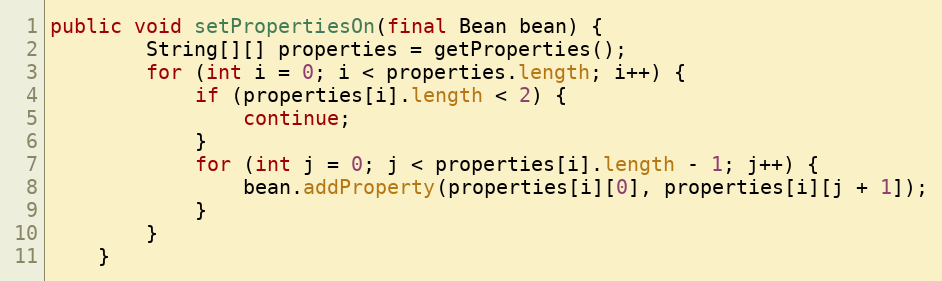
Language: Java
public void setPropertiesOn(final Bean bean) {
        String[][] properties = getProperties();
        for (int i = 0; i < properties.length; i++) {
            if (properties[i].length < 2) {
                continue;
            }
            for (int j = 0; j < properties[i].length - 1; j++) {
                bean.addProperty(properties[i][0], properties[i][j + 1]);
            }
        }
    }